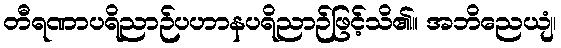
တီရဏာပရိညာဉ်ပဟာနပရိညာဉ်ဖြင့်သိ၏။ အဘိညေယျံ၊